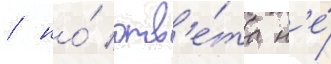
/ но́ отв'е́та н'е́